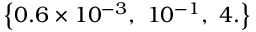
\left\{ 0 . 6 \times 1 0 ^ { - 3 } , \, \, 1 0 ^ { - 1 } , \, \, 4 . \right\}